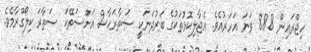
ހިޖްރައިން 888 ވަނަ އަހަރުއެވެ. އެޖާލިކޮޅުތަކުގެ ބަރުދަނަކީ ސަތާރަހާސް އަށްސަތޭކަ ސަތާރަ ކިލޯގްރާމެވެ.